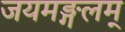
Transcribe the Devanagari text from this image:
जयमङ्गलम्‌